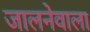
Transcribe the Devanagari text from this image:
जालनेवाला